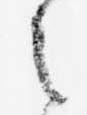
之